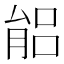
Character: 𦝕